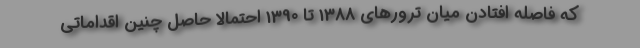
که فاصله افتادن میان ترورهای 1388 تا 1390 احتمالاً حاصل چنین اقداماتی